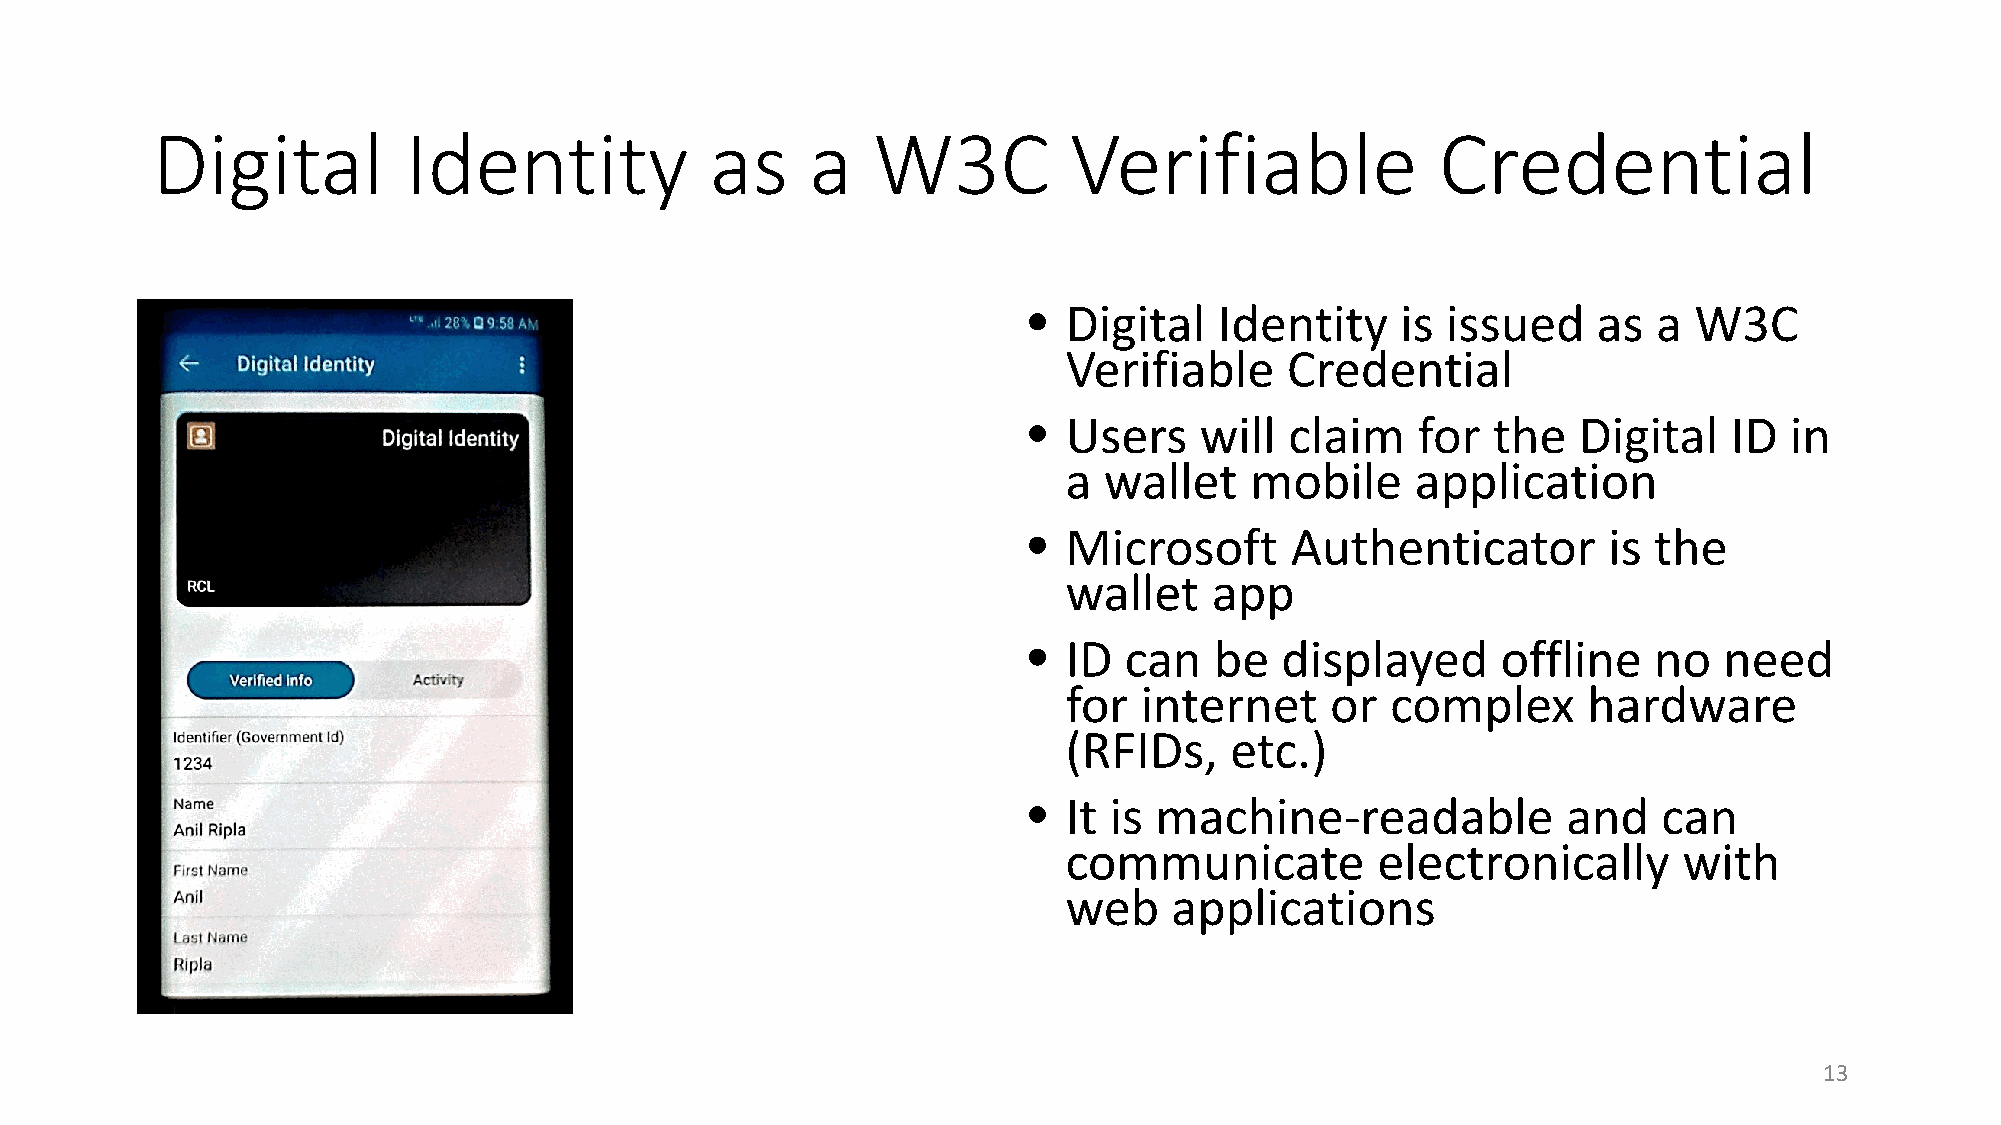
Digital          Identity            as     a   W3C          Verifiable              Credential
 •  Digital   Identity    is issued    as  a W3C
 Verifiable    Credential
 •  Users   will  claim    for  the  Digital    ID in
 a wallet    mobile     application
 •  Microsoft     Authenticator        is the
 wallet   app
 •  ID can   be   displayed     offline   no   need
 for internet     or  complex      hardware
 (RFIDs,   etc.)
 •  It is machine-readable           and   can
 communicate         electronically      with
 web    applications
 13